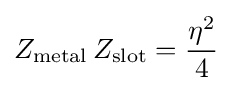
Z_{\text{metal}}\,Z_{\text{slot}}={\frac {\eta ^{2}}{4}}